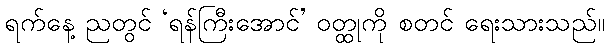
ရက်နေ့ ညတွင် ‘ရန်ကြီးအောင်’ ဝတ္ထုကို စတင် ရေးသားသည်။